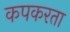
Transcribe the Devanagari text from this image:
कपकरता